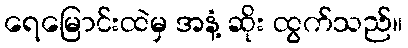
ရေမြောင်းထဲမှ အနံ့ ဆိုး ထွက်သည်။